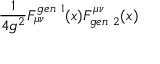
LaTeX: \frac { 1 } { 4 g ^ { 2 } } F _ { \mu \nu } ^ { g e n \ 1 } ( x ) F _ { g e n \ 2 } ^ { \mu \nu } ( x )